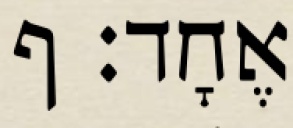
אֶחָד׃ ף